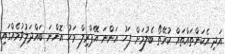
އަދި އެކަންތައްތައް ކުރޭތޯ ބެލުމަށް ފަހު އަންނަ އޭޕްރިލް މަހު އޮންނަ ބައްދަލުވުމެއްގައި